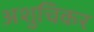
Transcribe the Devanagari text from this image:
अशुचिकर